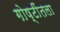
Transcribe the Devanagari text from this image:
गोष्टींतला